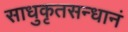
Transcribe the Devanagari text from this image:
साधुकृतसन्धानं